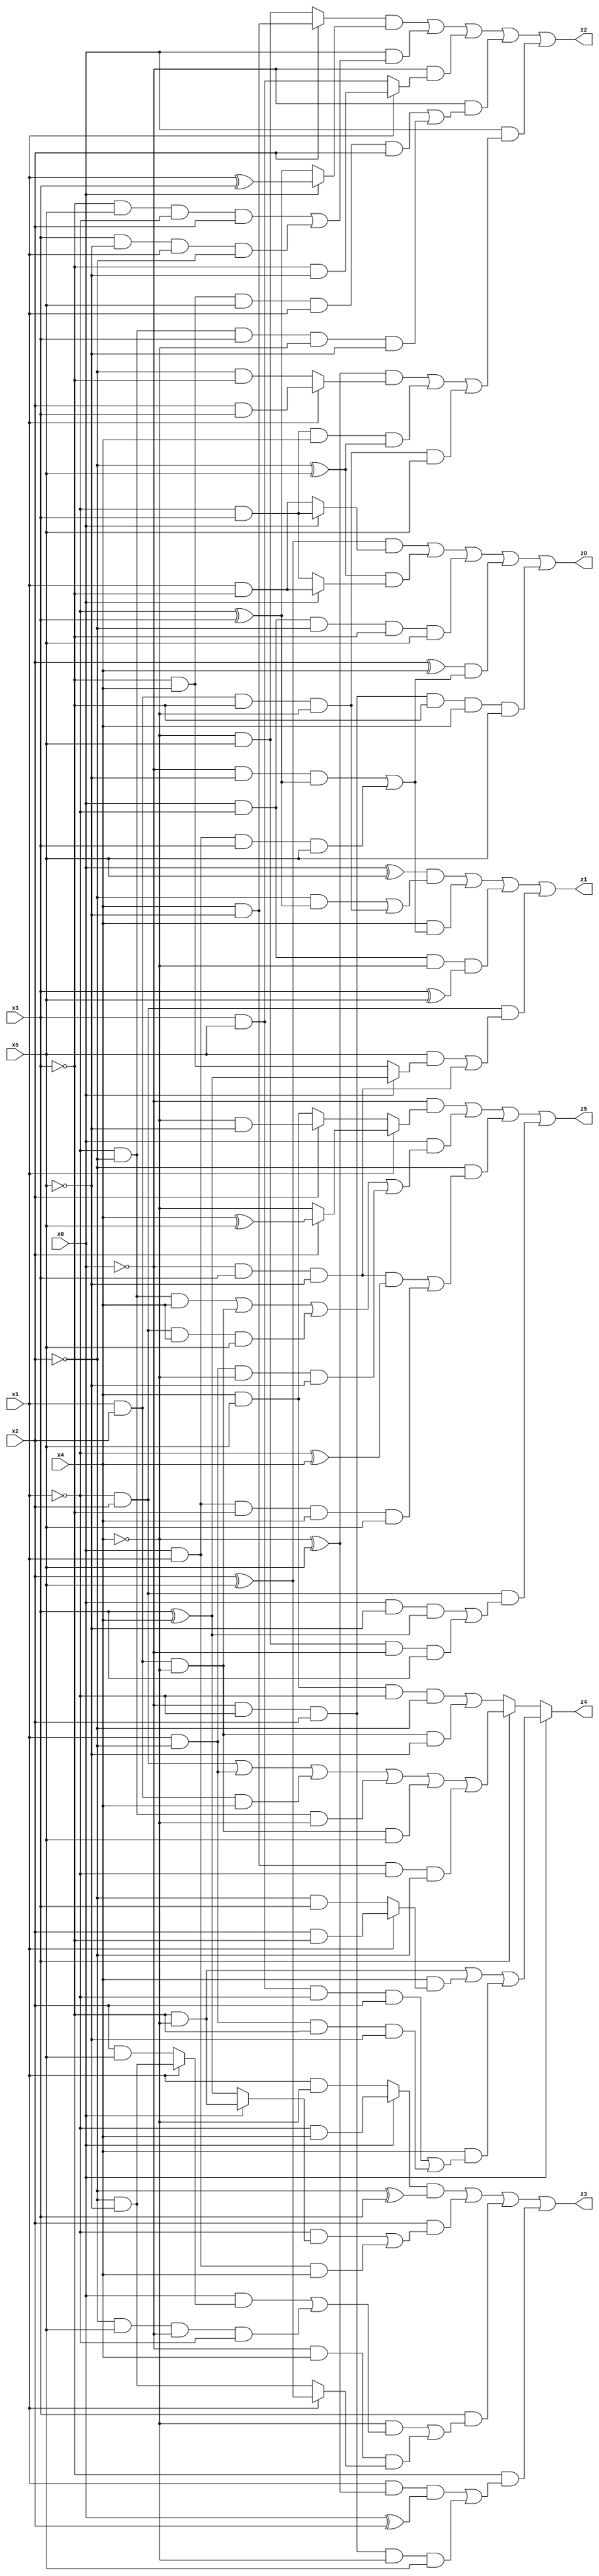
// Benchmark "X_13" written by ABC on Wed Jun 07 23:36:10 2023

module X_13 ( 
    x0, x1, x2, x3, x4, x5,
    z0, z1, z2, z3, z4, z5  );
  input  x0, x1, x2, x3, x4, x5;
  output z0, z1, z2, z3, z4, z5;
  assign z0 = ((x2 ^ x5) & (x0 ? (~x1 & x3) : (x1 & ~x3))) | ((~x2 ^ x5) & (x0 ? (x1 & ~x3) : (~x1 & x3))) | (x0 & ~x1 & ~x2 & ~x3 & x5) | ((x2 ^ x4) & ((~x0 & ~x5 & (~x1 ^ x3)) | (x0 & x1 & x3 & x5))) | (~x0 & ~x1 & x2 & ~x3 & x4 & x5);
  assign z1 = ((x0 ^ x5) & ((~x2 & (~x1 ^ x3)) | (x1 & x2 & ~x3 & ~x4))) | (x4 & ((~x0 & ~x5 & (~x1 ^ x3)) | (x0 & x1 & x3 & x5))) | (x0 & ~x1 & ~x4 & (x3 ^ x5)) | (~x1 & x2 & ((x5 & (x0 ? (x3 ^ x4) : (~x3 & x4))) | (~x0 & x3 & ~x5)));
  assign z2 = ((x2 ? (x4 & ~x5) : (~x4 & x5)) & (x0 ? (x1 ^ x3) : (~x1 ^ x3))) | (x0 & ((~x3 & x5 & ~x1 & x2) | (x3 & ~x5 & x1 & ~x2))) | (~x0 & (x1 ? (~x3 & ~x5) : (x3 & x5))) | (~x0 & ((~x3 & x4 & x5 & x1 & x2) | (~x1 & ~x2 & x3 & ~x4 & ~x5))) | (x0 & (((~x4 ^ x5) & (x1 ? (x2 & x3) : (~x2 & ~x3))) | (~x1 & x3 & x4 & (~x2 ^ x5)) | (x1 & x2 & ~x3 & ~x4 & x5)));
  assign z3 = ((x0 ? (~x1 & x4) : (x1 & ~x4)) & (~x2 ^ x3)) | (x2 & ((~x1 & (x0 ? (~x3 & ~x4) : (x3 ^ x4))) | (x0 & x1 & x4))) | (x3 & ((~x4 & ((x0 & (x1 ? (~x2 & ~x5) : (x2 & x5))) | (~x2 & x5 & ~x0 & ~x1))) | (~x0 & x4 & (x1 ? (x2 ^ x5) : (~x2 & ~x5))))) | (~x3 & ((x1 & (~x4 ^ x5) & (x0 ^ x2)) | (~x0 & ~x1 & x2 & ~x4 & x5)));
  assign z4 = x0 ? ((~x3 & ~x4) | (x4 & (x1 ? (x2 & ~x3) : (~x2 & x3))) | (x4 & ((x3 & x5 & ~x1 & x2) | (x1 & ~x2 & ~x3 & ~x5)))) : (x3 ? ((~x1 & x2) | (x1 & ~x2) | (x1 & x2 & x4) | (~x1 & ~x2 & ~x4) | (x1 & x2 & ~x4 & x5) | (x4 & ~x5 & ~x1 & ~x2)) : ((x4 & x5 & ~x1 & ~x2) | (x1 & x2 & ~x4 & ~x5)));
  assign z5 = (~x0 & (x1 ? (x2 ? (x4 ^ x5) : ~x4) : (x2 ? (~x4 & ~x5) : (x4 & x5)))) | (x0 & ((~x1 & ~x2 & x4) | (x1 & x2 & ~x4) | (~x1 & x2 & x4 & x5) | (x1 & ~x2 & ~x4 & ~x5))) | (~x2 & ((~x0 & x3 & ~x5 & (~x1 ^ x4)) | (x0 & x1 & ~x3 & x4 & x5))) | (~x1 & x2 & ((x0 & ~x5 & (x3 ^ x4)) | (~x4 & x5 & ~x0 & x3)));
endmodule